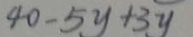
4 0 - 5 y + 3 y